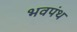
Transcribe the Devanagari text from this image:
भवपंथ